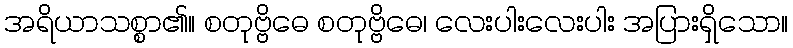
အရိယာသစ္စာ၏။ စတုဗ္ဗိဓေ စတုဗ္ဗိဓေ၊ လေးပါးလေးပါး အပြားရှိသော။